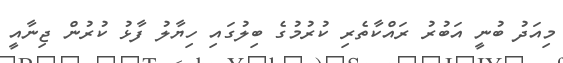
މިއަދު ބުނީ އަބުރު ރައްކާތެރި ކުރުމުގެ ބިލުގައި ހިޔާލު ފާޅު ކުރުން ޖިނާއީ